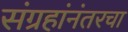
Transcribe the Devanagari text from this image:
संग्रहांनंतरचा